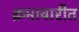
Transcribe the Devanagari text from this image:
क्रमावारीत